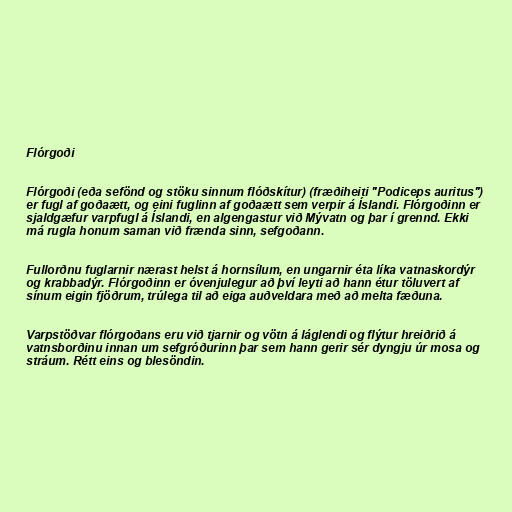
Flórgoði

Flórgoði (eða sefönd og stöku sinnum flóðskítur) (fræðiheiti "Podiceps auritus")
er fugl af goðaætt, og eini fuglinn af goðaætt sem verpir á Íslandi. Flórgoðinn er
sjaldgæfur varpfugl á Íslandi, en algengastur við Mývatn og þar í grennd. Ekki
má rugla honum saman við frænda sinn, sefgoðann.

Fullorðnu fuglarnir nærast helst á hornsílum, en ungarnir éta líka vatnaskordýr
og krabbadýr. Flórgoðinn er óvenjulegur að því leyti að hann étur töluvert af
sínum eigin fjöðrum, trúlega til að eiga auðveldara með að melta fæðuna.

Varpstöðvar flórgoðans eru við tjarnir og vötn á láglendi og flýtur hreiðrið á
vatnsborðinu innan um sefgróðurinn þar sem hann gerir sér dyngju úr mosa og
stráum. Rétt eins og blesöndin.